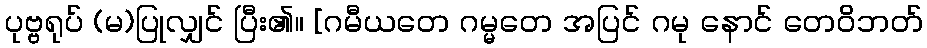
ပုဗ္ဗရုပ် (မ)ပြုလျှင် ပြီး၏။ [ဂမီယတေ ဂမ္မတေ အပြင် ဂမု နောင် တေဝိဘတ်